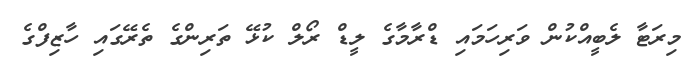
މިރަޓާ ލެބީއްކުން ވަރިހަމައި ޑްރާމާގެ ލީޑް ރޯލް ކުޅޭ ތަރިންގެ ތެރޭގައި ހާޒިފްގެ